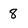
Character: 8